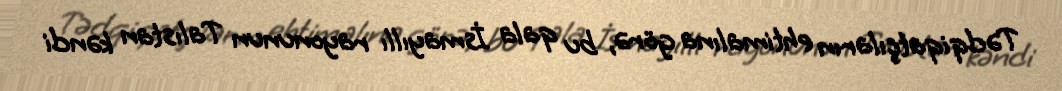
Tədqiqatçıların ehtimalına görə, bu qala İsmayıllı rayonunun Talıstan kəndi